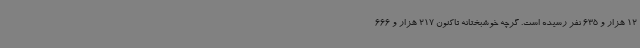
12 هزار و 635 نفر رسیده است. گرچه خوشبختانه تاکنون 217 هزار و 666